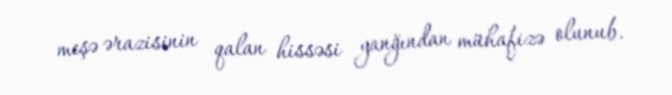
meşə ərazisinin qalan hissəsi yanğından mühafizə olunub.